Specificity of antivenomous sera, with special reference to a serum prepared with the venom of Daboia russellii - Number 16
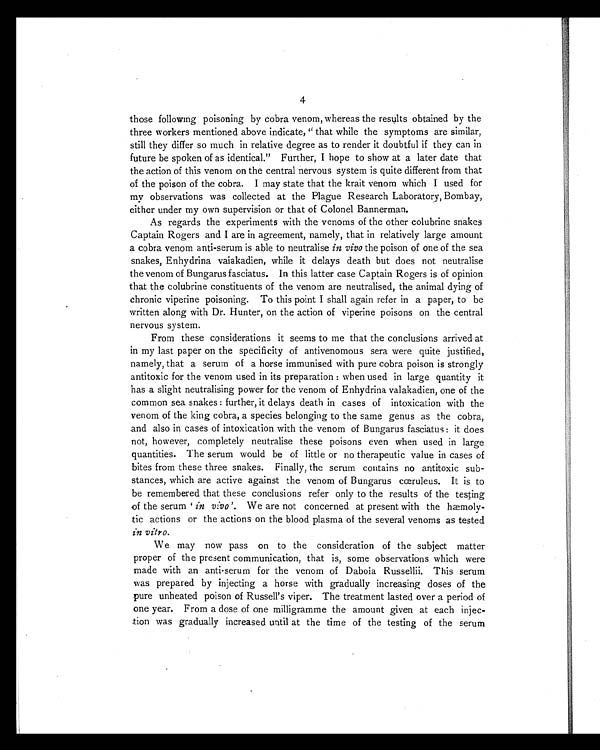
4
those following poisoning by cobra venom, whereas the results obtained by the
three workers mentioned above indicate, " that while the symptoms are similar,
still they differ so much in relative degree as to render it doubtful if they can in
future be spoken of as identical." Further, I hope to show at a later date that
the action of this venom on the central nervous system is quite different from that
of the poison of the cobra. I may state that the krait venom which I used for
my observations was collected at the Plague Research Laboratory, Bombay,
either under my own supervision or that of Colonel Bannerman.
As regards the experiments with the venoms of the other colubrine snakes
Captain Rogers and I are in agreement, namely, that in relatively large amount
a cobra venom anti-serum is able to neutralise in vivo the poison of one of the sea
snakes, Enhydrina vaiakadien, while it delays death but does not neutralise
the venom of Bungarus fasciatus. In this latter case Captain Rogers is of opinion
that the colubrine constituents of the venom are neutralised, the animal dying of
chronic viperine poisoning. To this point I shall again refer in a paper, to be
written along with Dr. Hunter, on the action of viperine poisons on the central
nervous system.
From these considerations it seems to me that the conclusions arrived at
in my last paper on the specificity of antivenomous sera were quite justified,
namely, that a serum of a horse immunised with pure cobra poison is strongly
antitoxic for the venom used in its preparation : when used in large quantity it
has a slight neutralising power for the venom of Enhydrina valakadien, one of the
common sea snakes : further, it delays death in cases of intoxication with the
venom of the king cobra, a species belonging to the same genus as the cobra,
and also in cases of intoxication with the venom of Bungarus fasciatus : it does
not, however, completely neutralise these poisons even when used in large
quantities. The serum would be of little or no therapeutic value in cases of
bites from these three snakes. Finally, the serum contains no antitoxic sub-
stances, which are active against the venom of Bungarus cœruleus. It is to
be remembered that these conclusions refer only to the results of the testing
of the serum ' i n v i v o ' .
We are not concerned at present with the hæmoly-
tic actions or the actions on the blood plasma of the several venoms as tested
in vitro.
We may now pass on to the consideration of the subject matter
proper of the present communication, that is, some observations which were
made with an anti-serum for the venom of Daboia Russellii. This serum
was prepared by injecting a horse with gradually increasing doses of the
pure unheated poison of Russell's viper. The treatment lasted over a period of
one year. From a dose of one milligramme the amount given at each injec-
tion was gradually increased until at the time of the testing of the serum